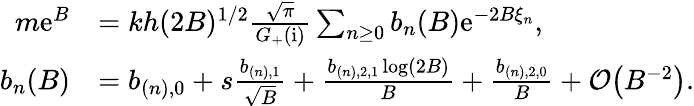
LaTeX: \begin{array}{rl}{m\mathrm{e}^{B}}&{=kh(2B)^{1/2}\frac{\sqrt{\pi}}{G_{+}(\mathrm{i})}\sum_{n\ge 0}b_{n}(B)\mathrm{e}^{-2B\xi_{n}},}\\ {b_{n}(B)}&{=b_{(n),0}+s\frac{b_{(n),1}}{\sqrt{B}}+\frac{b_{(n),2,1}\log(2B)}{B}+\frac{b_{(n),2,0}}{B}+\mathcal{O}\big(B^{-2}\big).}\end{array}